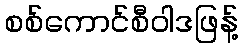
စစ်ကောင်စီဝါဒဖြန့်